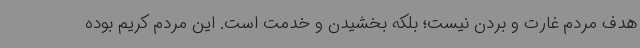
هدف مردم غارت و بردن نیست؛ بلکه بخشیدن و خدمت است. این مردم کریم بوده